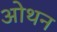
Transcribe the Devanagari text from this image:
ओथन